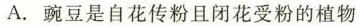
A.豌豆是自花传粉且闭花受粉的植物